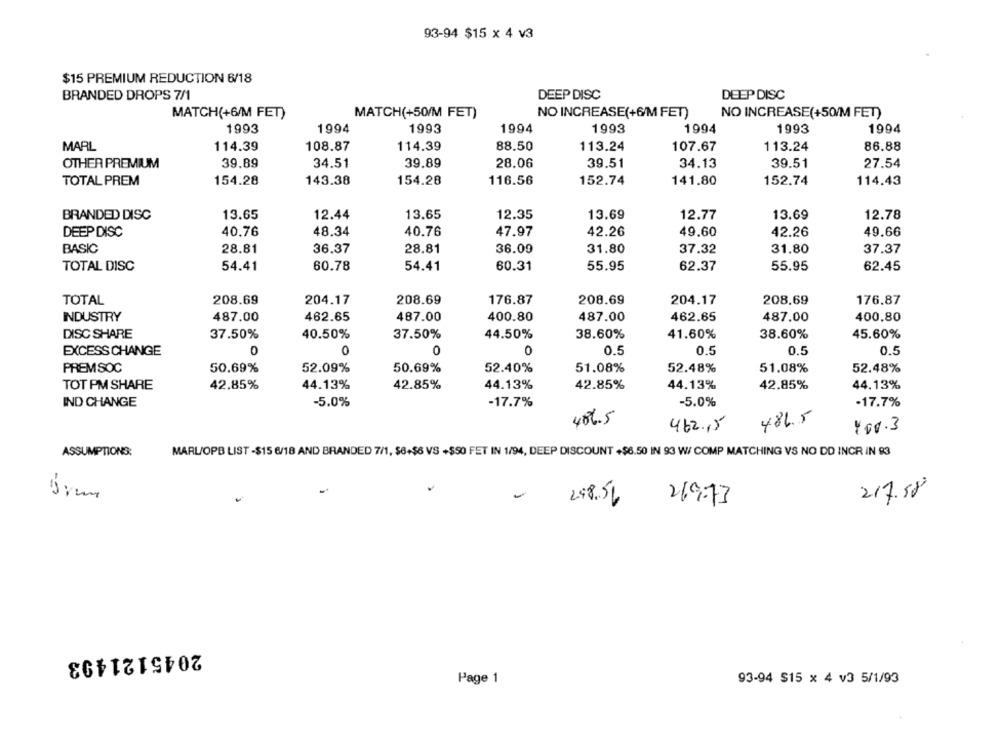
93-94 $15 x 4 v3
$15 PREMIUM REDUCTION 6/18
BRANDED DROPS 7/1
DEEP DISC
DEEP DISC
MATCH(+6/M FET)
MATCH(+50/M FET)
NO INCREASE(+6/M FET)
NO INCREASE(+50/M FET)
1993
1994
1993
1994
1993
1994
1993
1994
MARL
114.39
108.87
114.39
88.50
113.24
107.67
113.24
86.88
39.89
34.51
39.89
28.06
39.51
34.13
39.51
27.54
OTHER PREMIUM
TOTAL PREM
154.28
143.38
154.28
116.56
152.74
141.80
152.74
114.43
BRANDED DISC
13.65
12.44
13.65
12.35
13.69
12.77
13.69
12.78
40.76
DEEP DISC
48.34
40.76
47.97
42.26
49.60
42.26
49.66
BASIC
28.81
36.37
28.81
36.09
31.80
37.32
31.80
37.37
TOTAL DISC
54.41
60.78
54.41
60.31
55.95
62.37
55.95
62.45
TOTAL
208.69
204.17
208.69
176.87
208.69
204.17
208.69
176.87
INDUSTRY
487.00
462.65
487.00
400.80
487.00
462.65
487.00
400.80
41.60%
DISC SHARE
37.50%
40.50%
37.50%
44.50%
38.60%
38.60%
45.60%
EXCESS CHANGE
0
0
0
0
0.5
0.5
0.5
0.5
PREMSOC
50.69%
52.09%
50.69%
52.40%
51.08%
52.48%
51.08%
52.48%
TOT PM SHARE
42.85%
44.13%
42.85%
44.13%
42.85%
44.13%
42.85%
44.13%
IND CHANGE
-5.0%
-17.7%
-5.0%
-17.7%
406.5
486.5
462.15
1.00.3
ASSUMPTIONS:
MARL/OPB LIST -$15 6/18 AND BRANDED 7/1, $6+$6 VS +$50 FET IN 1/94, DEEP DISCOUNT +$6.50 IN 93 W/ COMP MATCHING VS NO DD INCR IN 93
-
217.58
248.56
£
269.73
2045121493
Page 1
93-94 $15 x 4 v3 5/1/93